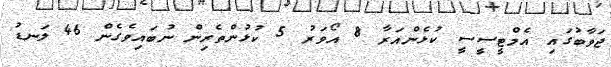
ޖަވާބުގައި އެމްޓީސީސީ ކުޅެންއަރާ 8 އޯވަރު 5 ކުޅުންތެރިން ނުބައިވެގެން 46 ލަނޑު